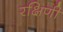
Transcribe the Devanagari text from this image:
रक्षिणी